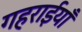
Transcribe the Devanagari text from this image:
गहराईयाँ